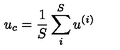
u _ { c } = \frac 1 S \sum _ { i } ^ { S } u ^ { ( i ) }